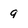
Character: 9